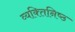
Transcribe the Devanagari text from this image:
व्यक्‍तिनिष्‍ठ